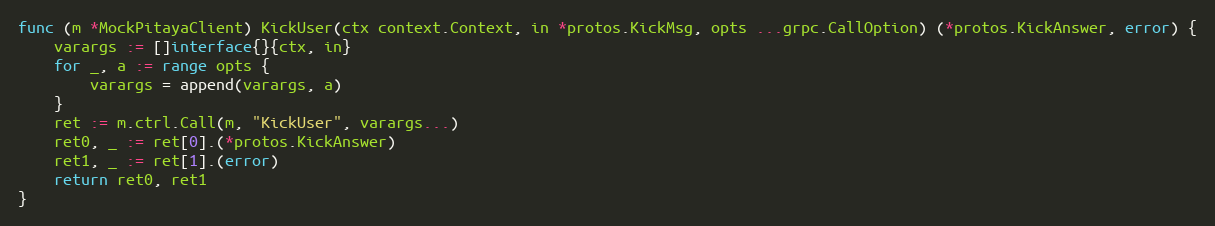
Language: Go
func (m *MockPitayaClient) KickUser(ctx context.Context, in *protos.KickMsg, opts ...grpc.CallOption) (*protos.KickAnswer, error) {
	varargs := []interface{}{ctx, in}
	for _, a := range opts {
		varargs = append(varargs, a)
	}
	ret := m.ctrl.Call(m, "KickUser", varargs...)
	ret0, _ := ret[0].(*protos.KickAnswer)
	ret1, _ := ret[1].(error)
	return ret0, ret1
}